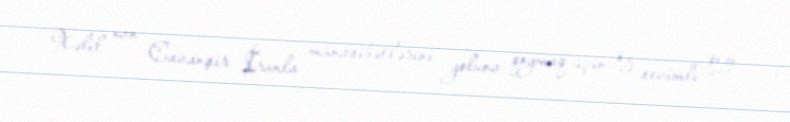
Xəlil xan Cavanşir İranla münasibətlərini yoluna qoymaq üçün öz sevimli qızı